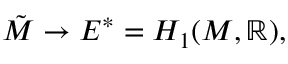
{ \tilde { M } } \to E ^ { * } = H _ { 1 } ( M , \mathbb { R } ) ,